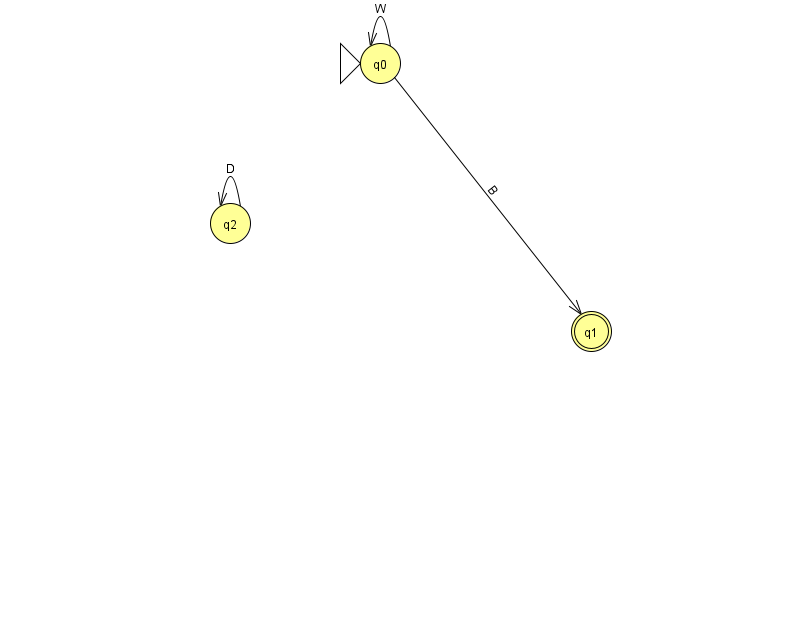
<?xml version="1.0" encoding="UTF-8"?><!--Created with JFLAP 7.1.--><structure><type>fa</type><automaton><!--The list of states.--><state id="0" name="q0"><x>380.0</x><y>50.0</y><initial/></state><state id="1" name="q1"><x>591.0</x><y>318.0</y><final/></state><state id="2" name="q2"><x>230.0</x><y>210.0</y></state><!--The list of transitions.--><transition><from>0</from><to>1</to><read>B</read></transition><transition><from>2</from><to>2</to><read>D</read></transition><transition><from>0</from><to>0</to><read>W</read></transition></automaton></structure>